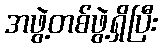
အဖွဲ့တစ်ဖွဲ့ရှိပြီး